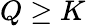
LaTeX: Q\geq K